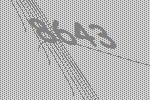
8643